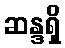
ဆန္ဒရှိ